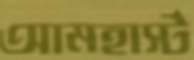
আমহার্স্ট